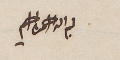
بسم الله الرحمن الرحيم